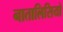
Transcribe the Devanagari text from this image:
नातालिसियो